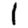
Digit: 1